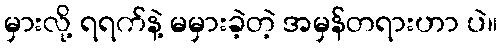
မှားလို့ ရရက်နဲ့ မမှားခဲ့တဲ့ အမှန်တရားဟာ ပဲ။